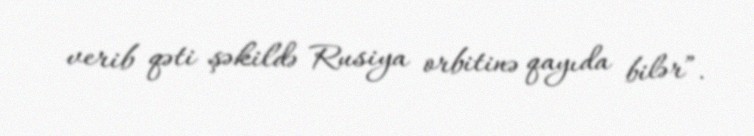
verib qəti şəkildə Rusiya orbitinə qayıda bilər”.